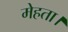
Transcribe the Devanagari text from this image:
मेहता।